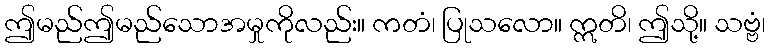
ဤမည်ဤမည်သောအမှုကိုလည်း။ ကတံ၊ ပြုသလော။ ဣတိ၊ ဤသို့။ သဗ္ဗံ၊